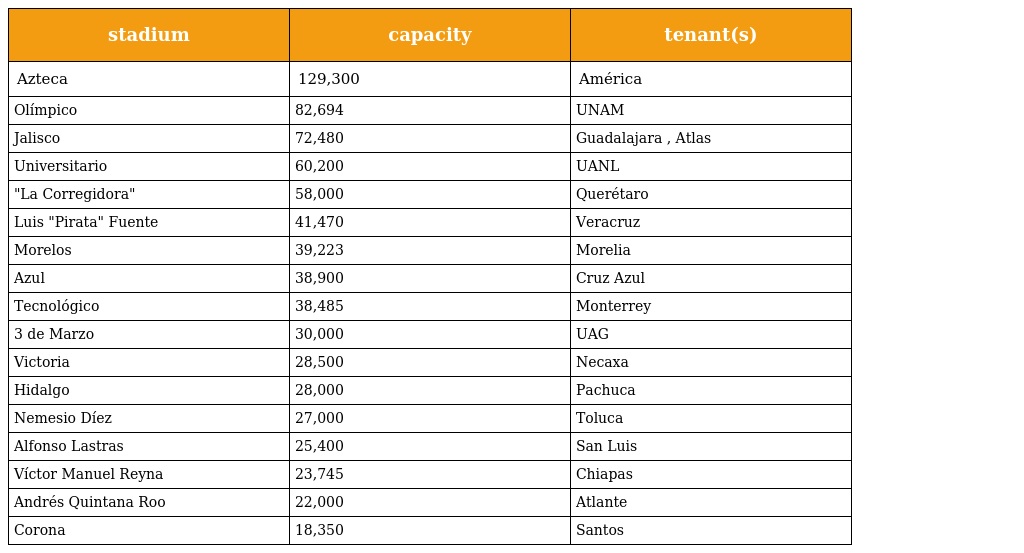
| stadium | capacity | tenant(s) |
 | --- | --- | --- |
 | Azteca | 129,300 | América |
 | Olímpico | 82,694 | UNAM |
 | Jalisco | 72,480 | Guadalajara , Atlas |
 | Universitario | 60,200 | UANL |
 | "La Corregidora" | 58,000 | Querétaro |
 | Luis "Pirata" Fuente | 41,470 | Veracruz |
 | Morelos | 39,223 | Morelia |
 | Azul | 38,900 | Cruz Azul |
 | Tecnológico | 38,485 | Monterrey |
 | 3 de Marzo | 30,000 | UAG |
 | Victoria | 28,500 | Necaxa |
 | Hidalgo | 28,000 | Pachuca |
 | Nemesio Díez | 27,000 | Toluca |
 | Alfonso Lastras | 25,400 | San Luis |
 | Víctor Manuel Reyna | 23,745 | Chiapas |
 | Andrés Quintana Roo | 22,000 | Atlante |
 | Corona | 18,350 | Santos |